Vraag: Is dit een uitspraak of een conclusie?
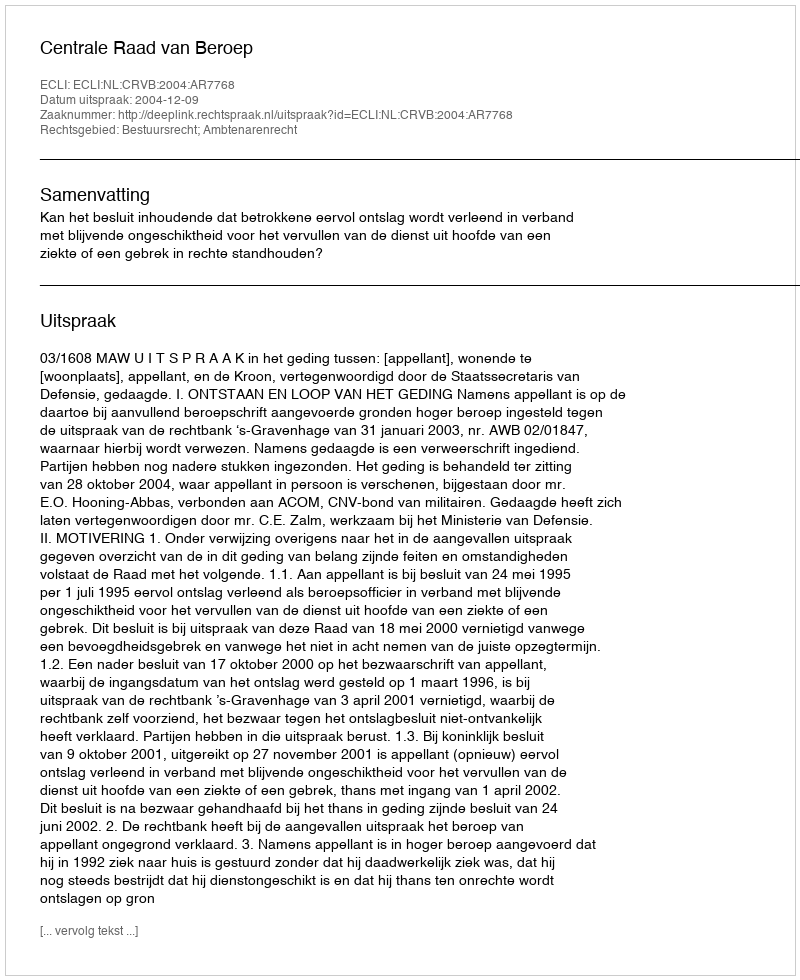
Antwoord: Uitspraak